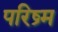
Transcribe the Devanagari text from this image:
परिष्र्म